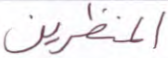
المنظرين